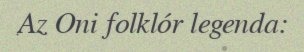
Az Oni folklór legenda: